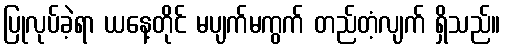
ပြုလုပ်ခဲ့ရာ ယနေ့တိုင် မပျက်မကွက် တည်တံ့လျက် ရှိသည်။